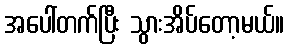
အပေါ်တက်ပြီး သွားအိပ်တော့မယ်။